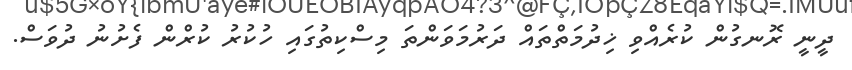
ދީނީ ރޮނގުން ކުރެއްވި ޚިދުމަތްތައް ދަރުމަވަންތަ މިސްކިތުގައި ހުކުރު ކުރްން ފެށުނު ދުވަސް.